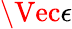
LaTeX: \Vec{\epsilon}